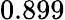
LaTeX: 0.899